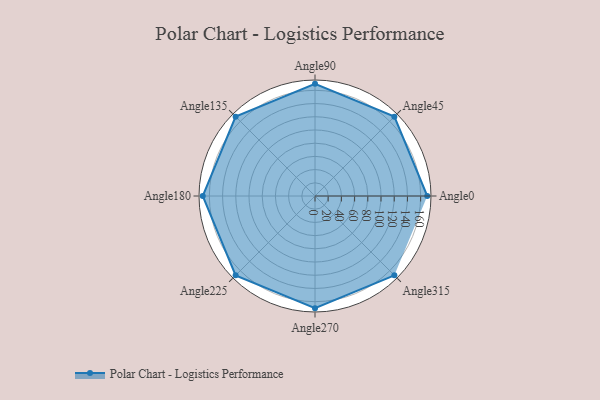
{"axis": {"x": "Angle", "y": "Radius"}, "legend": [""], "data": [{"x": "Angle0", "y": 170.0, "type": ""}, {"x": "Angle45", "y": 170, "type": ""}, {"x": "Angle90", "y": 170, "type": ""}, {"x": "Angle135", "y": 170, "type": ""}, {"x": "Angle180", "y": 170, "type": ""}, {"x": "Angle225", "y": 170, "type": ""}, {"x": "Angle270", "y": 170, "type": ""}, {"x": "Angle315", "y": 170, "type": ""}]}